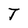
Character: T